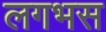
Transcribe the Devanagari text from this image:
लगभस